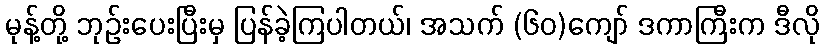
မုန့်တို့ ဘုဉ်းပေးပြီးမှ ပြန်ခဲ့ကြပါတယ်၊ အသက် (၆၀)ကျော် ဒကာကြီးက ဒီလို